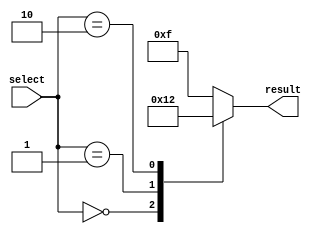
module case_statement_example (
    input wire [2:0] select,
    output reg [3:0] result
);

initial begin
    case (select)
        3'b000: result = 4'b0000;
        3'b001: result = 4'b0001;
        3'b010: result = 4'b0010;
        default: result = 4'b1111;
    endcase
end

endmodule